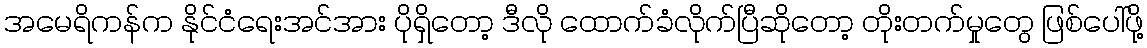
အမေရိကန်က နိုင်ငံရေးအင်အား ပိုရှိတော့ ဒီလို ထောက်ခံလိုက်ပြီဆိုတော့ တိုးတက်မှုတွေ ဖြစ်ပေါ်ဖို့